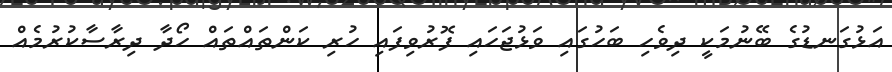
އަޅުގަނޑުގެ ބޭނުމަކީ ދިވެހި ބަހުގައި ވަޅުޖަހައި ފޮރުވިފައި ހުރި ކަންތައްތައް ހޯދާ ދިރާސާކުރުމެއް